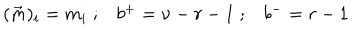
\begin{array} { c c c } { { ( \vec { m } ) _ { i } = m _ { i } \; ; } } & { { b ^ { + } = \nu - r - 1 \; ; } } & { { b ^ { - } = r - 1 } } \\ \end{array}